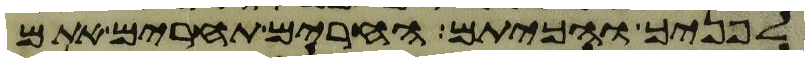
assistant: לפניך והכיתם החרים תחרים אתם